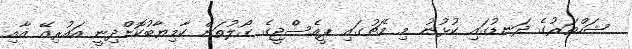
ޝަހްތަރުގެ ދަނޑުގައި ކުޅުނު މި މެޗުގައި ޕީއެސްޖީގެ ގޯލުތަށް ކާމިޔާބުކޮށްދިނީ އައުރިއޭ އާއި